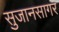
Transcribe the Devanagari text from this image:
सुजानसागर